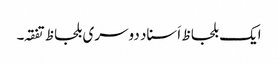
ایک بلحاظ اَسناد دوسری بلحاظ تفقہ۔